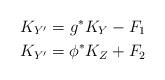
LaTeX: \begin{align*}K_{Y^{\prime}}=g^{\ast} K_Y -F_1\\K_{Y^{\prime}}=\phi^{\ast}K_Z+F_2 \end{align*}